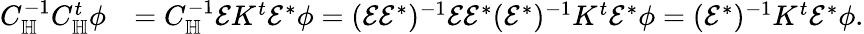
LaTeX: \begin{array}{rl}{C_{\mathbb H}^{-1}C_{\mathbb H}^{t}\phi}&{=C_{\mathbb H}^{-1}\mathcal EK^{t}\mathcal E^{*}\phi=(\mathcal E\mathcal E^{*})^{-1}\mathcal E\mathcal E^{*}(\mathcal E^{*})^{-1}K^{t}\mathcal E^{*}\phi=(\mathcal E^{*})^{-1}K^{t}\mathcal E^{*}\phi.}\end{array}